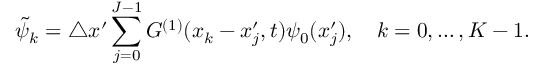
\tilde { \psi } _ { k } = \triangle x ^ { \prime } \sum _ { j = 0 } ^ { J - 1 } G ^ { ( 1 ) } ( x _ { k } - x _ { j } ^ { \prime } , t ) \psi _ { 0 } ( x _ { j } ^ { \prime } ) , \quad k = 0 , \dots , K - 1 .